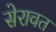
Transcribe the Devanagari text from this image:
सेरावत